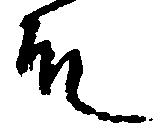
殿